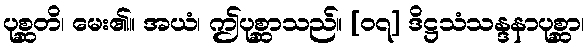
ပုစ္ဆတိ၊ မေး၏။ အယံ၊ ဤပုစ္ဆာသည်။ [၀၇] ဒိဋ္ဌသံသန္ဒနာပုစ္ဆာ၊